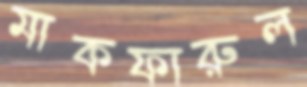
মাকফারুল